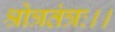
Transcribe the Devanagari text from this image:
श्रोत्रतंत्रः।।